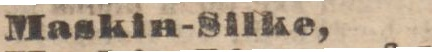
Maskin-Silke,